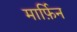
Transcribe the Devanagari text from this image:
मार्फ़िन